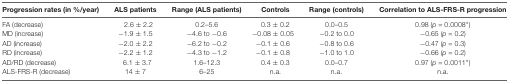
<table><thead><tr><td><b>Progression rates (in %/year)</b></td><td><b>ALS patients</b></td><td><b>Range (ALS patients)</b></td><td><b>Controls</b></td><td><b>Range (controls)</b></td><td><b>Correlation to ALS-FRS-R progression</b></td></tr></thead><tbody><tr><td>FA (decrease)</td><td>2.6 ± 2.2</td><td>0.2–5.6</td><td>0.3 ± 0.2</td><td>0.0–0.5</td><td>0.98 (<i>p</i> = 0.0008*)</td></tr><tr><td>MD (increase)</td><td>−1.9 ± 1.5</td><td>−4.6 to −0.6</td><td>−0.08 ± 0.05</td><td>−0.2 to 0.0</td><td>−0.65 (<i>p</i> = 0.2)</td></tr><tr><td>AD (increase)</td><td>−2.0 ± 2.2</td><td>−6.2 to −0.2</td><td>−0.1 ± 0.6</td><td>−0.8 to 0.6</td><td>−0.47 (<i>p</i> = 0.3)</td></tr><tr><td>RD (increase)</td><td>−2.2 ± 1.2</td><td>−4.3 to −1.2</td><td>−0.1 ± 0.8</td><td>−1.0 to 1.0</td><td>−0.66 (<i>p</i> = 0.2)</td></tr><tr><td>AD/RD (decrease)</td><td>6.1 ± 3.7</td><td>1.6–12.3</td><td>0.4 ± 0.3</td><td>0.0–0.7</td><td>0.97 (<i>p</i> = 0.0011*)</td></tr><tr><td>ALS-FRS-R (decrease)</td><td>14 ± 7</td><td>6–25</td><td>n.a.</td><td>n.a.</td><td>n.a.</td></tr></tbody></table>